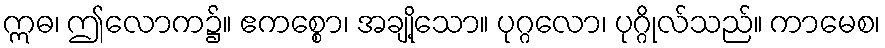
ဣဓ၊ ဤလောက၌။ ဧကစ္စော၊ အချို့သော။ ပုဂ္ဂလော၊ ပုဂ္ဂိုလ်သည်။ ကာမေစ၊